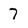
Character: 7